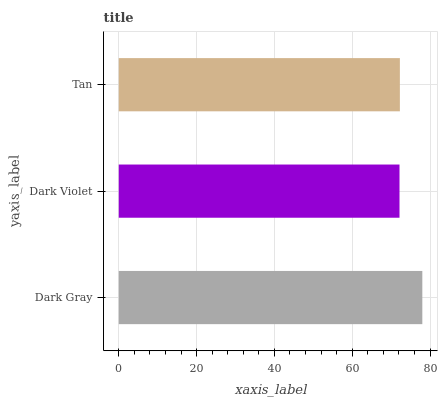
| yaxis_label | bars |
 | --- | --- |
 | Dark Gray | 78 |
 | Dark Violet | 72.2 |
 | Tan | 72.3 |